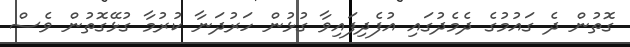
ގޮތުން ދެ ގައުމުގެ ދެމެދުގައި އުފެދިފައިވާ ގުޅުން ހަރުދަނާ ކުރުމާ ގުޅޭގޮތުން ވެސް